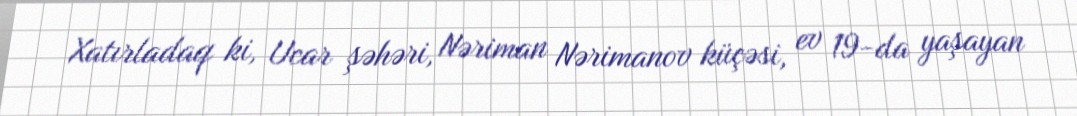
Xatırladaq ki, Ucar şəhəri, Nəriman Nərimanov küçəsi, ev 19-da yaşayan